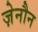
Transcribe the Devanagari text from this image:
ज़ेनौन